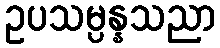
ဥပသမ္ပန္နသညာ